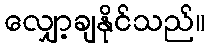
လျှော့ချနိုင်သည်။